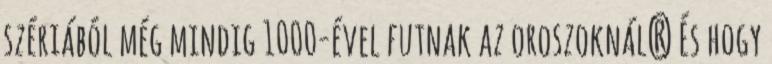
szériából még mindig 1000-ével futnak az oroszoknál? És hogy